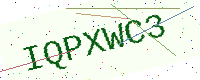
Text: IQPXWC3